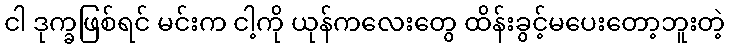
ငါ ဒုက္ခဖြစ်ရင် မင်းက ငါ့ကို ယုန်ကလေးတွေ ထိန်းခွင့်မပေးတော့ဘူးတဲ့